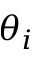
\theta _ { i }